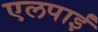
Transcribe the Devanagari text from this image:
एलपाईं